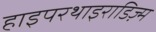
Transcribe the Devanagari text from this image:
हाइपरथाइराडिज़्म